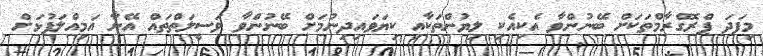
މިފަދަ ޕްރޮގްރާމްތަކަށް ބޭނުންވާ އެކިއެކި ލިޔުންތަކާއި ކިޔަވައިދިނުމަށް ބޭނުންވާ ވަސީލަތްތައް އޭނާ އަމިއްލަފުޅަށް